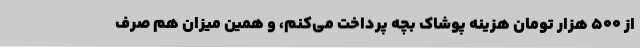
از 500 هزار تومان هزینه پوشاک بچه پرداخت می‌کنم، و همین میزان هم صرف